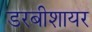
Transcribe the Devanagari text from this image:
डरबीशायर